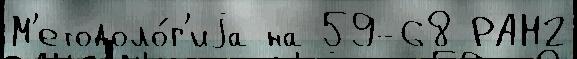
М'етодоло́г'иjа на 59-68 РАН2